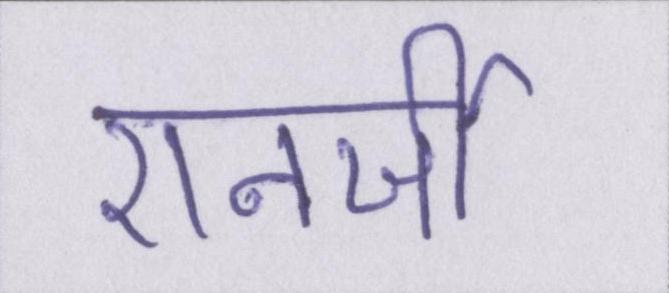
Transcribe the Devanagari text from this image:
एनर्जी